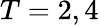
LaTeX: T=2,4